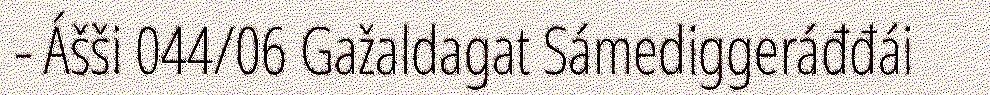
- Ášši 044/06 Gažaldagat Sámediggeráđđái